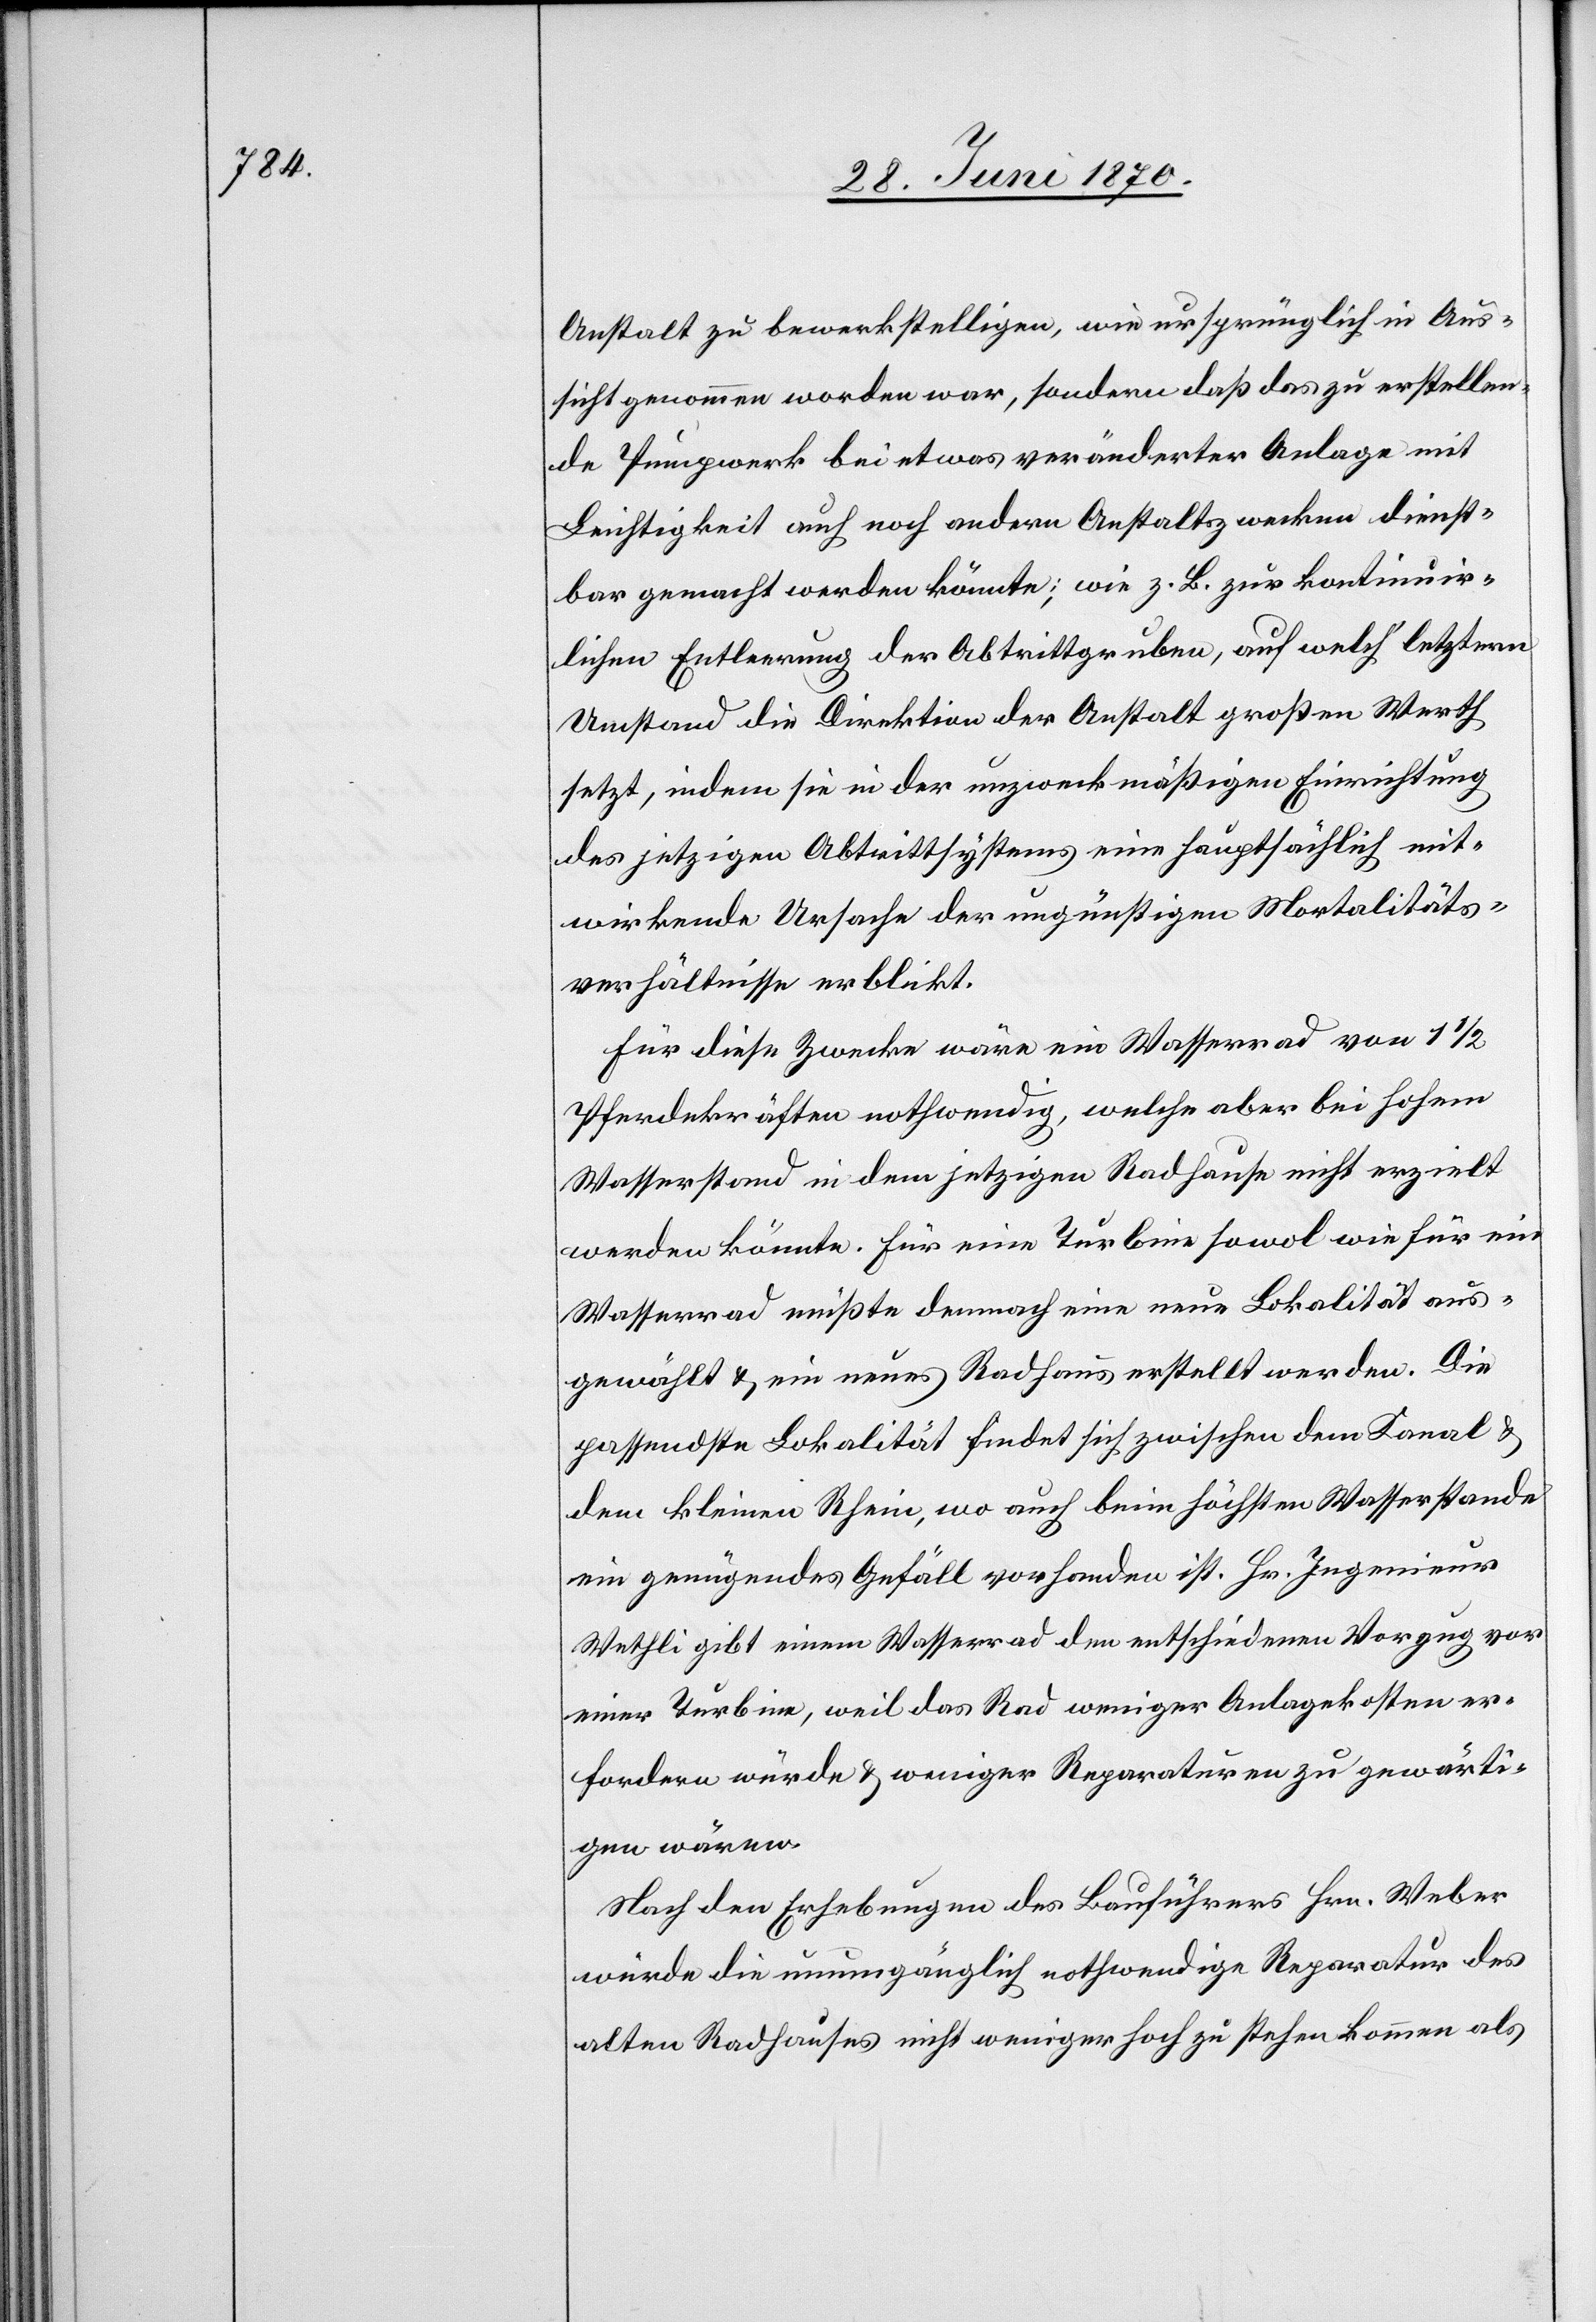
Anstalt zu bewerkstelligen, wie ursprünglich in Aus¬
sicht genommen worden war, sondern daß das zu erstellen¬
de Pumpwerk bei etwas veränderter Anlage mit
Leichtigkeit auch noch andere Anstaltszwecken dienst¬
bar gemacht werden könnte; wie z. B. zur kontinuir¬
lichen Entleerung der Abtrittgruben, auf welch‘ letztern
Umstand die Direktion der Anstalt großen Werth
setzt, indem sie in der unzweckmäßigen Einrichtung
des jetzigen Abtrittsystems eine hauptsächlich mit¬
wirkende Ursache der ungünstigen Mortalitäts¬
verhältnisse erblickt.
Für diese Zwecke wäre ein Wasserrad von 1 1/2
Pferdekräften nothwendig, welche aber bei hohem
Wasserstand in dem jetzigen Radhause nicht erzielt
werden könnte. Für eine Turbine sowol wie für ein
Wasserrad müßte demnach eine neue Lokalität aus¬
gewählt & ein neues Radhaus erstellt werden. Die
passendste Lokalität findet sich zwischen dem Kanal &
dem kleinen Rhein, wo auch beim höchsten Wasserstande
ein genügendes Gefäll vorhanden ist. Hr. Ingenieur
Wethli gibt einem Wasserrad den entschiedenen Vorzug vor
einer Turbine, weil das Rad weniger Anlagekosten er¬
fordern würde & weniger Reparaturen zu gewärti¬
gen wären.
Nach den Erhebungen des Bauführers Hrn. Weber
würde die unumgänglich nothwendige Reparatur des
alten Radhauses nicht weniger hoch zu stehen kommen als